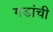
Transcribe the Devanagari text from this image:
गडांची